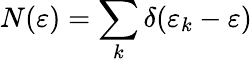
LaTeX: N(\varepsilon)=\sum_{k}\delta(\varepsilon_{k}-\varepsilon)